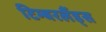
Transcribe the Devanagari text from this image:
टिम्बरलैंड्स